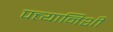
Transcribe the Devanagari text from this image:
पत्त्यानिशी